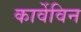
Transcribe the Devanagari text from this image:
कार्वेविन